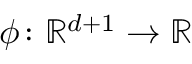
\phi \colon \mathbb { R } ^ { d + 1 } \rightarrow \mathbb { R }